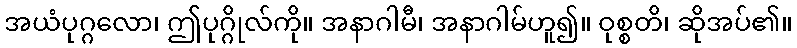
အယံပုဂ္ဂလော၊ ဤပုဂ္ဂိုလ်ကို။ အနာဂါမီ၊ အနာဂါမ်ဟူ၍။ ဝုစ္စတိ၊ ဆိုအပ်၏။